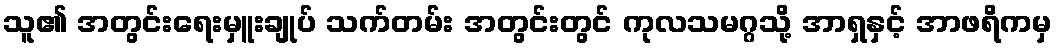
သူ၏ အတွင်းရေးမှူးချုပ် သက်တမ်း အတွင်းတွင် ကုလသမဂ္ဂသို့ အာရှနှင့် အာဖရိကမှ